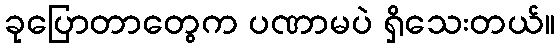
ခုပြောတာတွေက ပဏာမပဲ ရှိသေးတယ်။